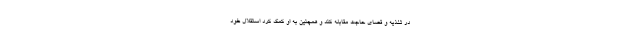
در تغذیه و قضای حاجت مقابله کند و همچنین به او کمک کرد استقلال خود